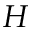
H